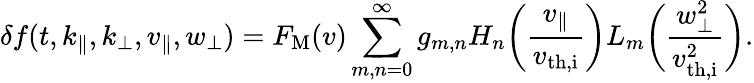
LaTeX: \delta f(t,k_{\parallel},k_{\perp},v_{\parallel},w_{\perp})=F_{\mathrm{M}}(v)\sum_{m,n=0}^{\infty}g_{m,n}H_{n}\biggl(\frac{v_{\parallel}}{v_{\mathrm{th,i}}}\biggr)L_{m}\biggl(\frac{w_{\perp}^{2}}{v_{\mathrm{th,i}}^{2}}\biggr).